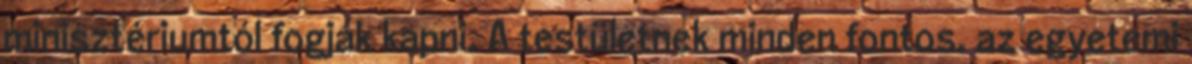
minisztériumtól fogják kapni. A testületnek minden fontos, az egyetemi